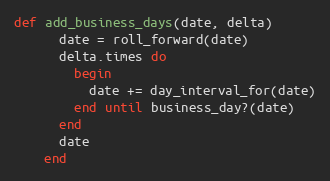
Language: Ruby
def add_business_days(date, delta)
      date = roll_forward(date)
      delta.times do
        begin
          date += day_interval_for(date)
        end until business_day?(date)
      end
      date
    end